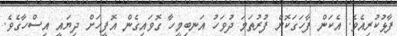
ފާޅުކުރިއެވެ. އެކަން ފާހަގަކޮށް ފުރުތަމަ ދުވަހު އަނބިމީހާ ގޮވައިގެން އޮފީހަށް ދިޔައީ އިސްހާގެވެ.